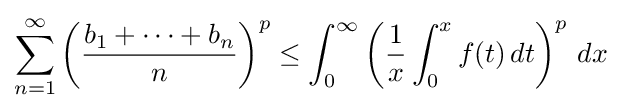
\sum _{n=1}^{\infty }\left({\frac {b_{1}+\dots +b_{n}}{n}}\right)^{p}\leq \int _{0}^{\infty }\left({\frac {1}{x}}\int _{0}^{x}f(t)\,dt\right)^{p}\,dx